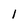
Character: I